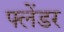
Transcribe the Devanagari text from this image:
फ्लेंडर